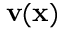
\mathbf { v } ( \mathbf { x } )